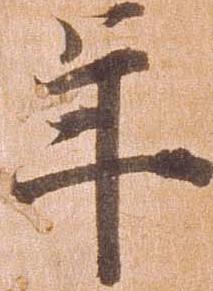
年